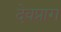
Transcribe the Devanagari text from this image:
देवप्राग